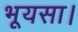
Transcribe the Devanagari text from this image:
भूयसा।